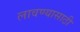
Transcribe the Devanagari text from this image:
लावण्‍यासाठी